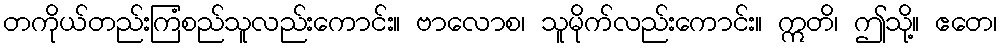
တကိုယ်တည်းကြံစည်သူလည်းကောင်း။ ဗာလောစ၊ သူမိုက်လည်းကောင်း။ ဣတိ၊ ဤသို့။ ဧတေ၊